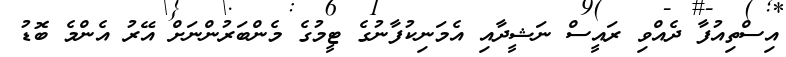
އިސްތިއުފާ ދެއްވި ރައީސް ނަޝީދާއި އެމަނިކުފާނުގެ ޓީމުގެ މެންބަރުންނަށް އޭރު އެންމެ ބޮޑު